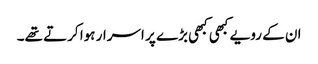
ان کے رویے کبھی کبھی بڑے پر اسرار ہوا کرتے تھے۔